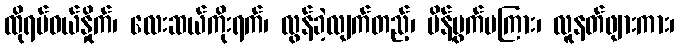
ထိုရပ်ဝယ်နှိုက်၊ လေးဆယ်ကိုးရက်၊ လွန်ခဲ့လျက်တည့်၊ မိန့်ပွက်မကြား၊ လူနတ်ဖျားကား၊